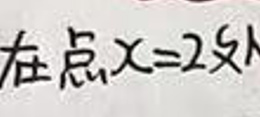
在点\(x = 2\)处